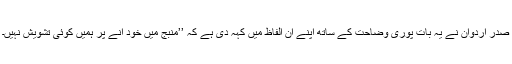
صدر اردوان نے یہ بات پوری وضاحت کے ساتھ اپنے ان الفاظ میں کہہ دی ہے کہ ’’منبج میں خود آنے پر ہمیں کوئی تشویش نہیں۔